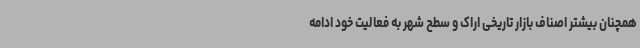
همچنان بیشتر اصناف بازار تاریخی اراک و سطح شهر به فعالیت خود ادامه